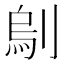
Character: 𠞆